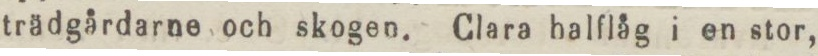
trädgårdarne och skogen. Clara halflåg i en stor,